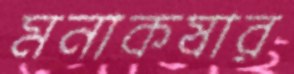
মনাকষার